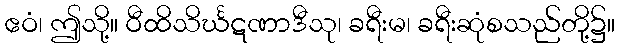
ဧဝံ၊ ဤသို့။ ဝီထိသိင်္ဃဋဏာဒီသု၊ ခရီးမ၊ ခရီးဆုံစသည်တို့၌။